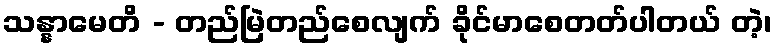
သန္နာမေတိ - တည်မြဲတည်စေလျက် ခိုင်မာစေတတ်ပါတယ် တဲ့၊